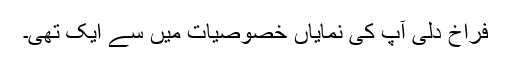
فراخ دلی آپ کی نمایاں خصوصیات میں سے ایک تھی۔